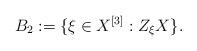
LaTeX: \begin{align*}B_2 := \{\xi\in X^{[3]}: Z_\xi X\}.\end{align*}